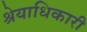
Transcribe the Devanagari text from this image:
श्रेयाधिकारी